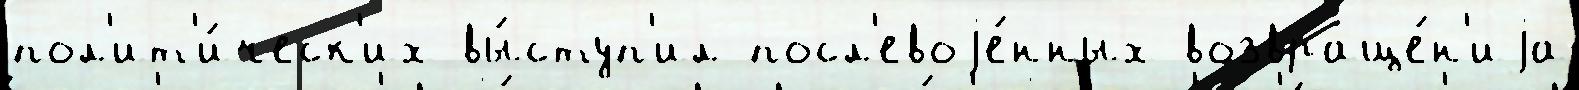
пол'ит'и́ческ'их вы́ступ'ил посл'евоjе́нных возвраще́н'иjа